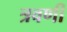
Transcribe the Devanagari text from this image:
त्रवणी